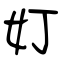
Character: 奵